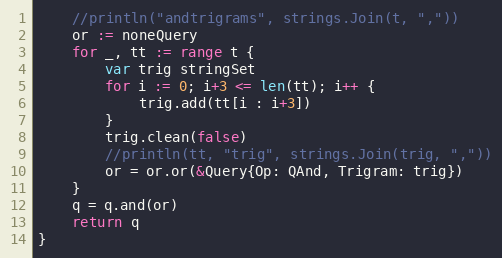
Language: Go
	//println("andtrigrams", strings.Join(t, ","))
	or := noneQuery
	for _, tt := range t {
		var trig stringSet
		for i := 0; i+3 <= len(tt); i++ {
			trig.add(tt[i : i+3])
		}
		trig.clean(false)
		//println(tt, "trig", strings.Join(trig, ","))
		or = or.or(&Query{Op: QAnd, Trigram: trig})
	}
	q = q.and(or)
	return q
}